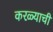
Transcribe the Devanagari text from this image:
करळ्याची